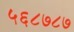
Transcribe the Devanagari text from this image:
५६८७८७